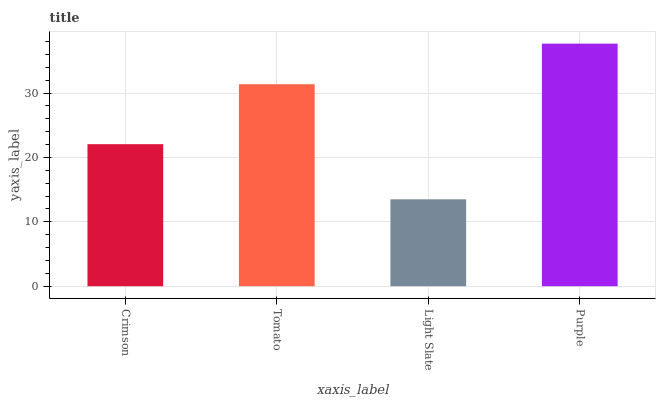
| xaxis_label | bars |
 | --- | --- |
 | Crimson | 22.1 |
 | Tomato | 31.4 |
 | Light Slate | 13.5 |
 | Purple | 37.7 |